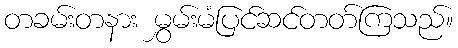
တခမ်းတနား မွှမ်းမံပြင်ဆင်တတ်ကြသည်။